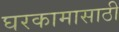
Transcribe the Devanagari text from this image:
घरकामासाठी